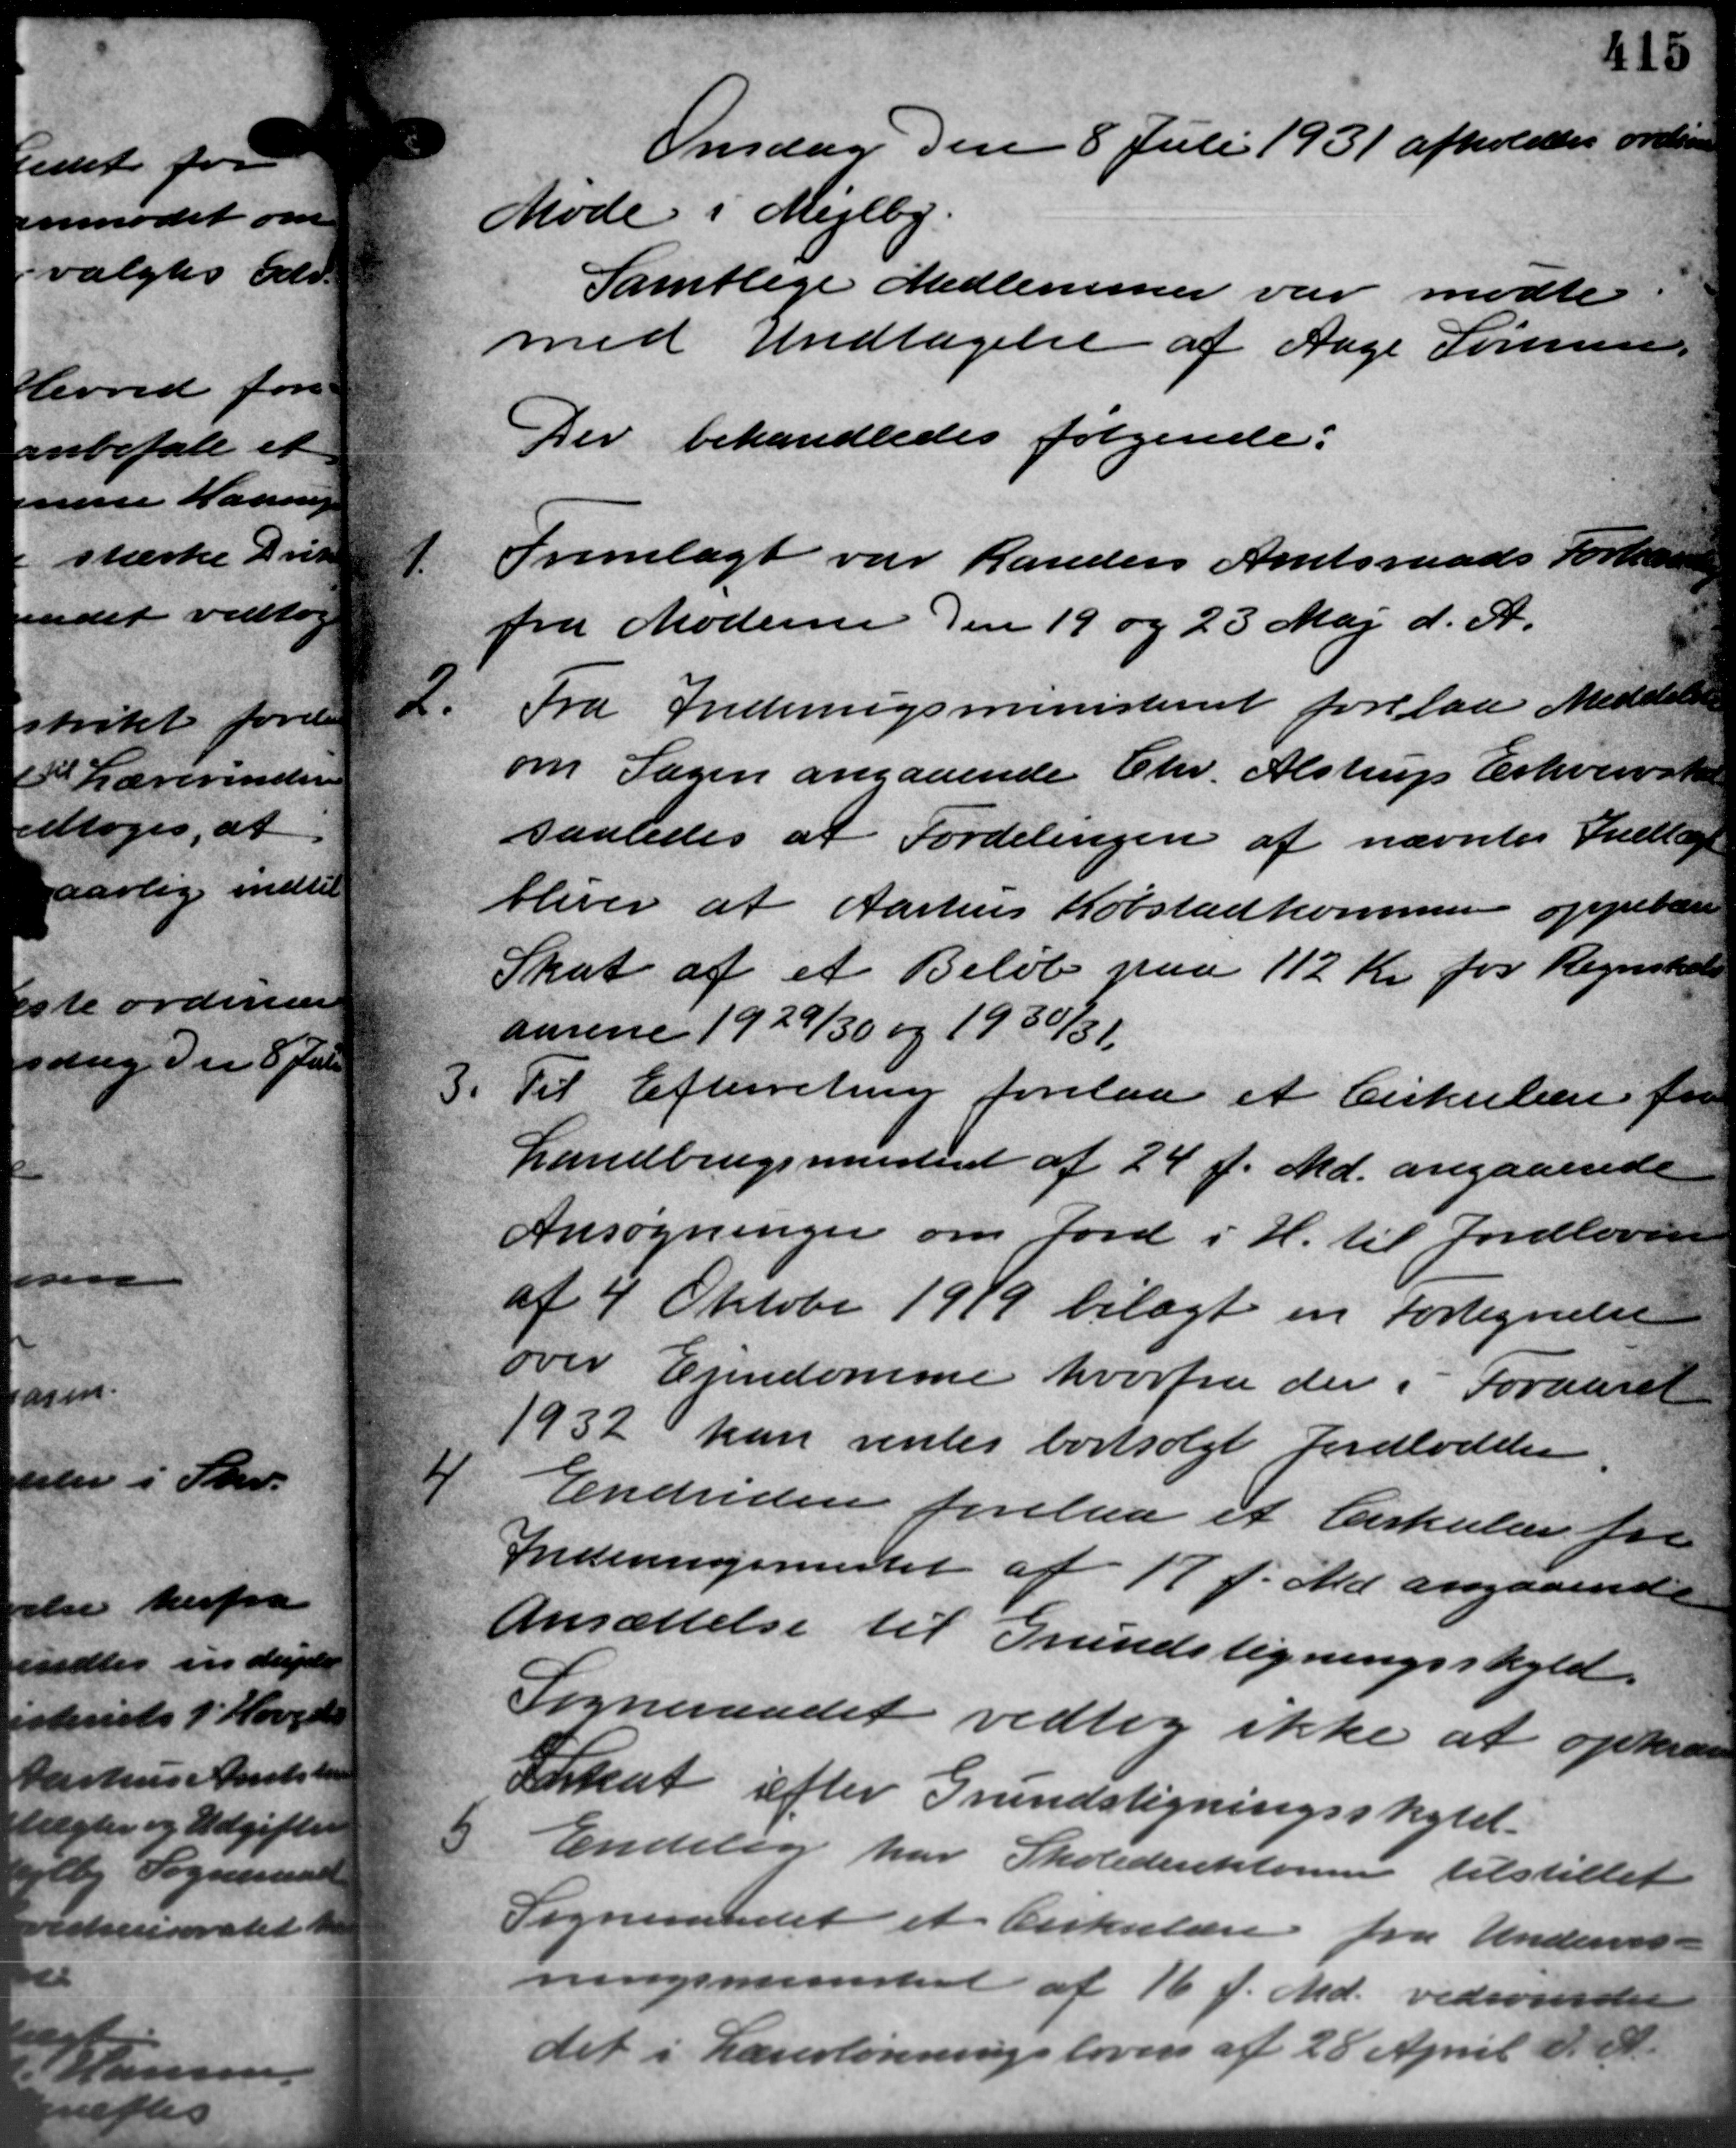
Transskription:
Onsdag den 8 Juli 1931 afholdtes ordinære
Møde i Mejlby.
Samtlige Medlemmer var mødte
med Undtagelse af Aage Sørensen,
Der behandledes følgende:
1.
Fremlagt var Randers Amtsraads Forhand
fra Moderne den 19 og 23 Maj d. A.
2.
Fra Indenrigsministeriet forelaa Meddelelse
om Sagen angaaende Chr. Alstrup Erhvervskat
saaledes at Fordelingen af nævntes Indtægt
bliver at Aarhus Købstadkommunen oppebære
Skat af et Beløb paa 112 Kr for Regnskab
aarene 1929/30 og 1930/31.
3.
Til Efterretning forelaa et Cirkulære for
Landbrugsministeriet af 24 f. Md. angaaende
Ansøgninger om Jord i H. til Jordloven
af 4 Oktober 1919 bilagt en Fortegnelse
over Ejendomme hvorfra der i Foraaret
1932 kan renter bortsolgt Jordladelse
4
Endvidere forelaa et Cirkulære for
Indenrigsmester af 17 f. Md. angaaende
Ansættelse til Grundstigningsskyld.
Sogneraadet vedtog ikke at opkræve
Skat efter Grundstigningsskyld.
5
Endelig har Skoledirektonen tilstillet
Sogneraadet et Cirkulære fra Undervis-
ningsministeriet af 16 f. Md. vedrørende
det i Lærerlønningsloven af 28 April d. A.